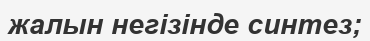
жалын негізінде синтез;